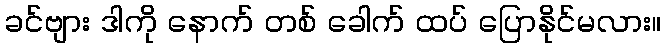
ခင်ဗျား ဒါကို နောက် တစ် ခေါက် ထပ် ပြောနိုင်မလား။